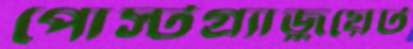
পোস্টগ্র্যাজুয়েট